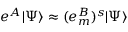
e ^ { A } | \Psi \rangle \approx ( e _ { m } ^ { B } ) ^ { s } | \Psi \rangle